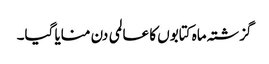
گزشتہ ماہ کتابوں کا عالمی دن منایا گیا۔